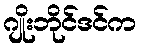
ဂျိုးဘိုင်ဒင်က